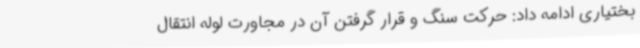
بختیاری ادامه داد: حرکت سنگ و قرار گرفتن آن در مجاورت لوله انتقال